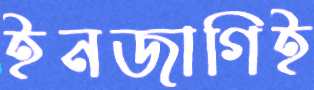
ইনজাগিই